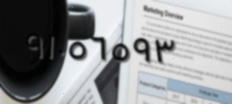
٩١٠٥٦٥٩٣